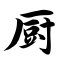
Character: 厨